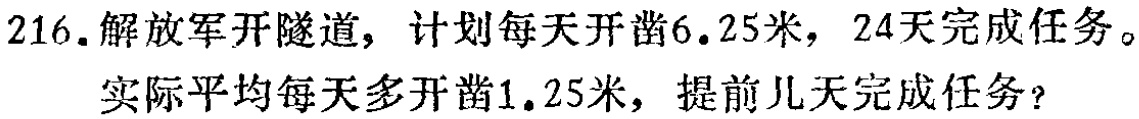
216.解放军开隧道，计划每天开凿6.25米，24天完成任务。
实际平均每天多开凿1.25米，提前几天完成任务？